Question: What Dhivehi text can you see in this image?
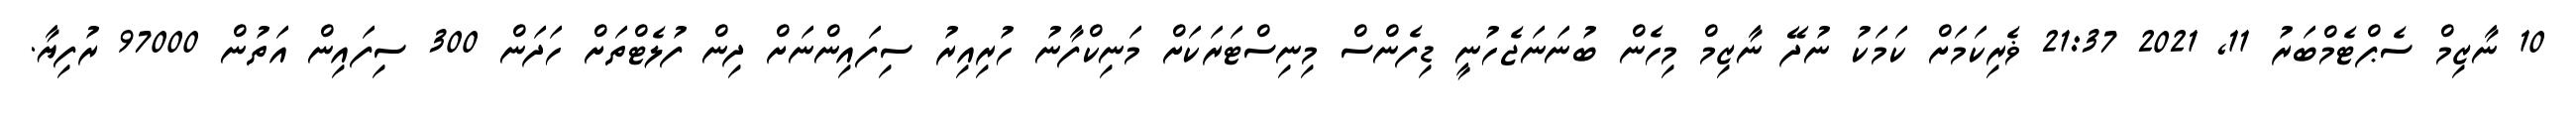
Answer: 10 ނާޒިމް ސެޕްޓެމްބަރު 11, 2021 21:37 ޥެރިކަމަށް ކަމަކު ނުދޭ ނާޒިމް މިހެން ބުނަނަޖެހުނީ ޑިފެންސް މިނިސްޓަރަކަށް މަނިކްފާނު ހުރިއިރު ސިފައިންނަށް ދިން ފުލެޓްތަށް ހަދަން 300 ސިފައިން އަތުން 97000 ރުފިޔާ.